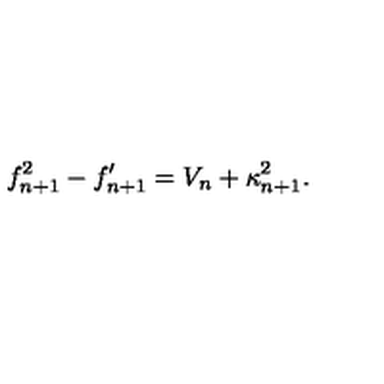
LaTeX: f _ { n + 1 } ^ { 2 } - f _ { n + 1 } ^ { \prime } = V _ { n } + \kappa _ { n + 1 } ^ { 2 } .